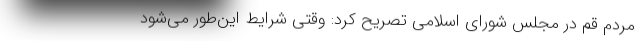
مردم قم در مجلس شورای اسلامی تصریح کرد: وقتی شرایط این‌طور می‌شود